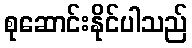
စုဆောင်းနိုင်ပါသည်